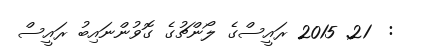
:  21